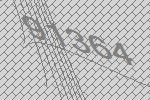
91364